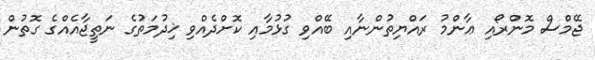
ޖޭމްސް މޮންރޯއި ޢާންމު ރައްޔިތުންނާއި ބޭއްވި ގުޅުމާއި ކޮށްދެއްވި ޚިދުމަތުގެ ނަތީޖާއެއްގެ ގޮތުން